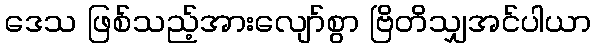
ဒေသ ဖြစ်သည့်အားလျော်စွာ ဗြိတိသျှအင်ပါယာ